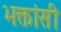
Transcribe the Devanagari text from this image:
भक्तांसी